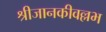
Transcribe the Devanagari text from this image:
श्रीजानकीवल्लभ